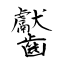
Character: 齾